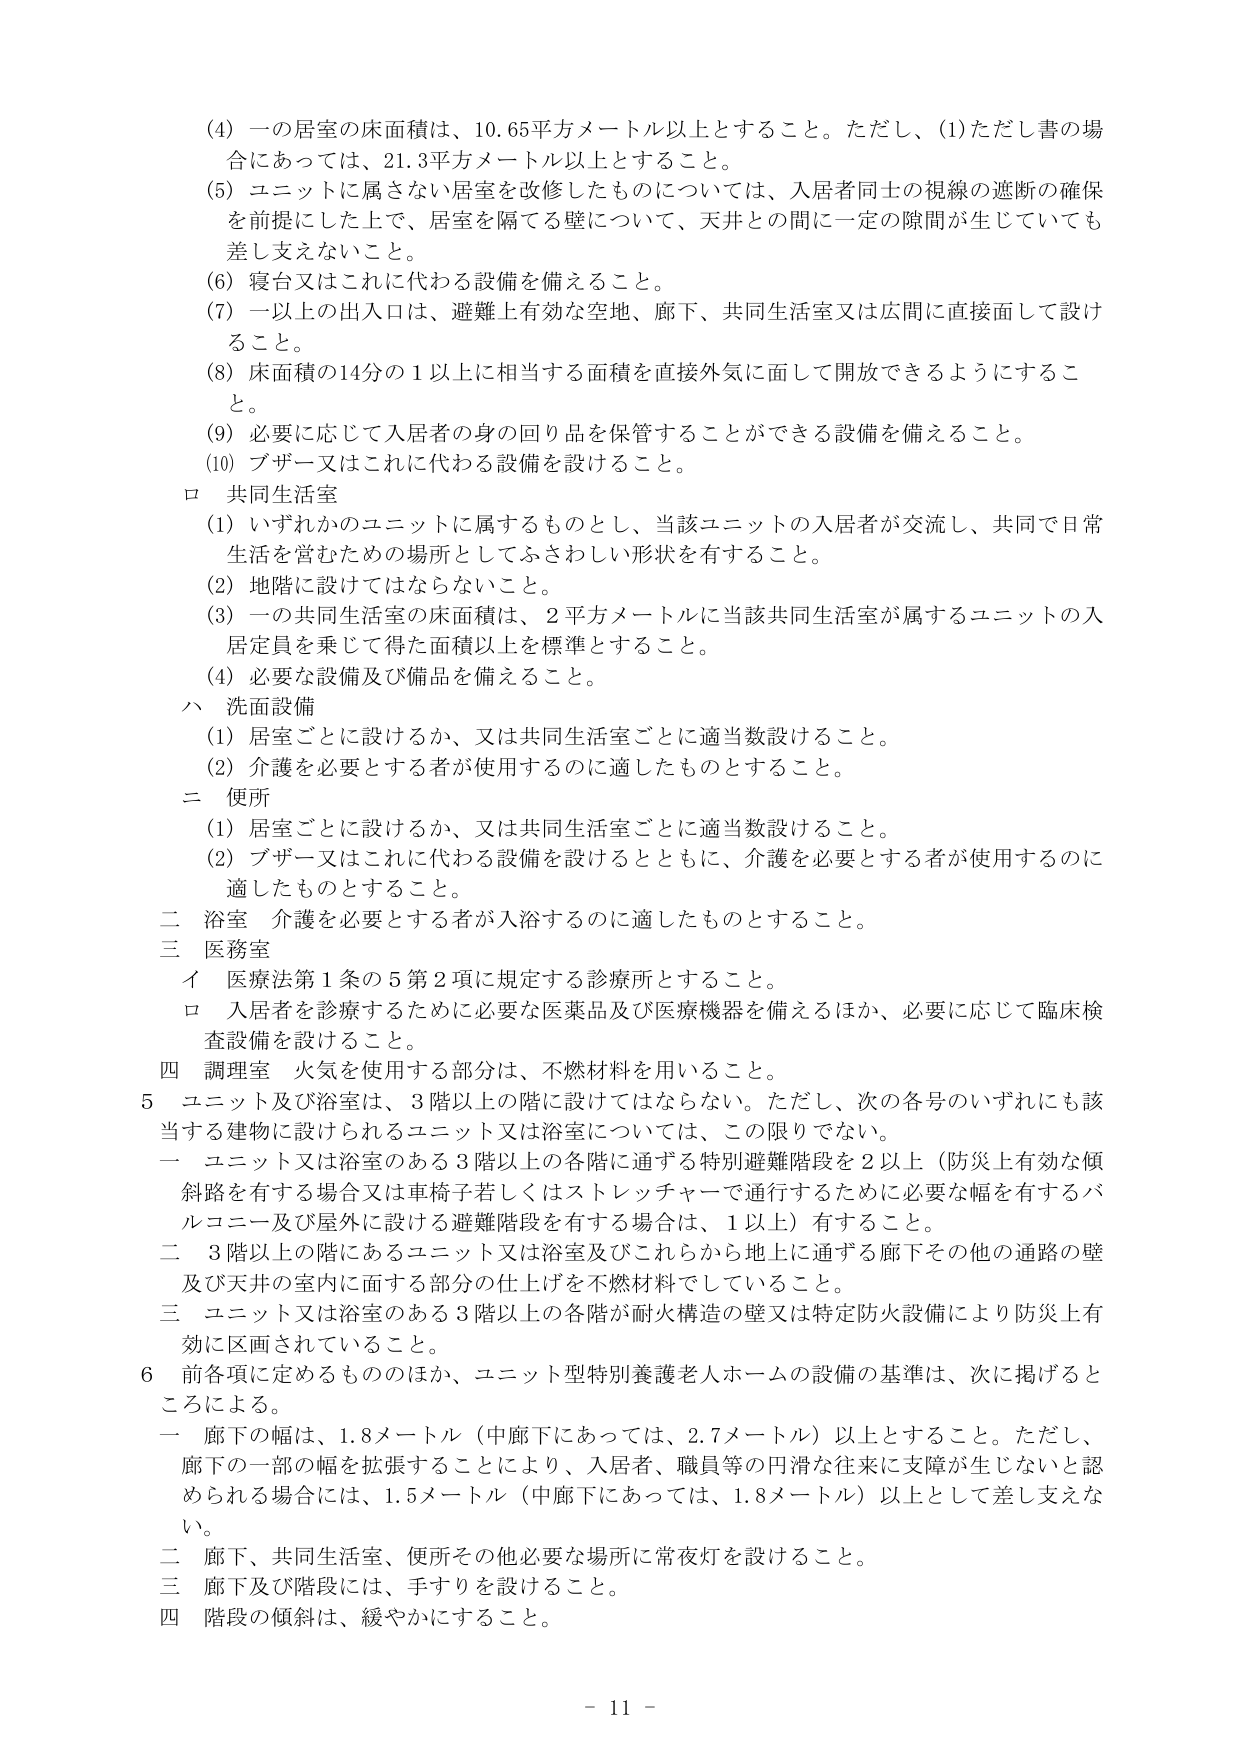
(4) 一の居室の床面積は、10.65平方メートル以上とすること。ただし、(1)ただし書の場合にあっては、21.3平方メートル以上とすること。

(5) ユニットに属さない居室を改修したものについては、入居者同士の視線の遮断の確保を前提にした上で、居室を隔てる壁について、天井との間に一定の隙間が生じていても差し支えないこと。

(6) 寝台又はこれに代わる設備を備えること。

(7) 一以上の出入口は、避難上有効な空地、廊下、共同生活室又は広間を直接面して設けること。

(8) 床面積の14分の1以上に相当する面積を直接外気に面して開放できるようにすること。

(9) 必要に応じて入居者の身の回り品を保管することができる設備を備えること。

(10) ブザー又はこれに代わる設備を設けること。

ロ 共同生活室

(1) いずれかのユニットに属するものとし、当該ユニットの入居者が交流し、共同で日常生活を営むための場所としてふさわしい形状を有すること。

(2) 地階に設けてはならないこと。

(3) 一の共同生活室の床面積は、2平方メートルに当該共同生活室が属するユニットの入居定員を乗じて得た面積以上を標準とすること。

(4) 必要な設備及び備品を備えること。

ハ 洗面設備

(1) 居室ごとに設けるか、又は共同生活室ごとに適当数設けること。

(2) 介護を必要とする者が使用するのに適したものとすること。

ニ 便所

(1) 居室ごとに設けるか、又は共同生活室ごとに適当数設けること。

(2) ブザー又はこれに代わる設備を設けるとともに、介護を必要とする者が使用するのに適したものとすること。

二 浴室 介護を必要とする者が入浴するのに適したものとすること。

三 医務室

イ 医療法第1条の5第2項に規定する診療所とすること。

ロ 入居者を診療するために必要な医薬品及び医療機器を備えるほか、必要に応じて臨床検査設備を設けること。

四 調理室 火気を使用する部分は、不燃材料を用いること。

5 ユニット及び浴室は、3階以上の階に設けてはならない。ただし、次の各号のいずれにも該当する建物に設けられるユニット又は浴室については、この限りでない。

一 ユニット又は浴室のある3階以上の各階に通ずる特別避難階段を2以上（防災上有効な傾斜路を有する場合又は車椅子若しくはストレッチャーで通行するために必要な幅を有するバルコニー及び屋外に設ける避難階段を有する場合は、1以上）有すること。

二 3階以上の階にあるユニット又は浴室及びこれらから地上に通ずる廊下その他の通路の壁及び天井の室内に面する部分の仕上げを不燃材料でしていること。

三 ユニット又は浴室のある3階以上の各階が耐火構造の壁又は特定防火設備により防災上有効に区画されていること。

6 前各項に定めるもののほか、ユニット型特別養護老人ホームの設備の基準は、次に掲げるところによる。

一 廊下の幅は、1.8メートル（中廊下にあっては、2.7メートル）以上とすること。ただし、廊下の一部の幅を拡張することにより、入居者、職員等の円滑な往来に支障が生じないと認められる場合には、1.5メートル（中廊下にあっては、1.8メートル）以上として差し支えない。

二 廊下、共同生活室、便所その他必要な場所に常夜灯を設けること。

三 廊下及び階段には、手すりを設けること。

四 階段の傾斜は、緩やかにすること。

- 11 -